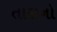
તારાનો